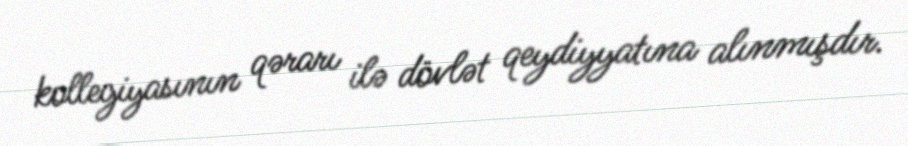
kollegiyasının qərarı ilə dövlət qeydiyyatına alınmışdır.